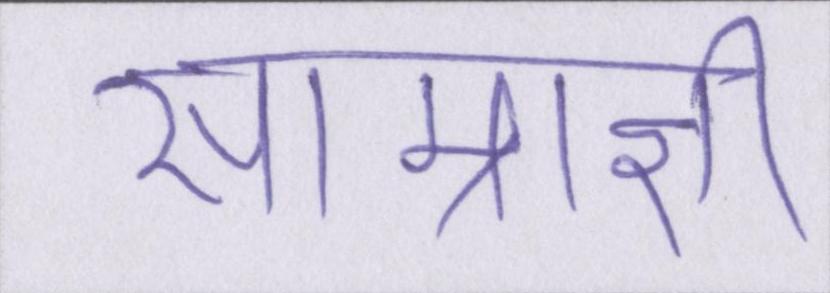
साम्राज्ञी